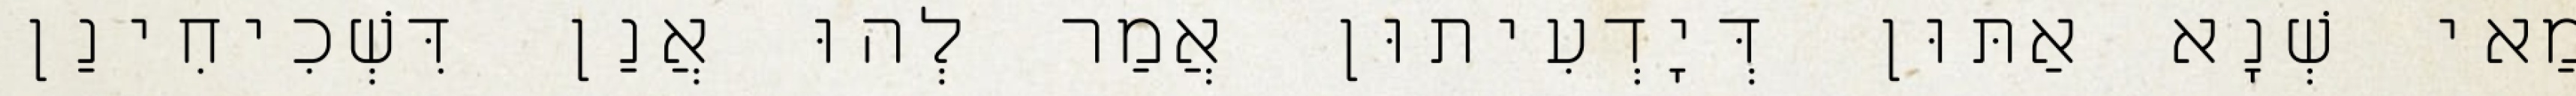
מַאי שְׁנָא אַתּוּן דְּיָדְעִיתוּן אֲמַר לְהוּ אֲנַן דִּשְׁכִיחִינַן